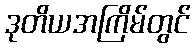
ဒုတိယအကြိမ်တွင်